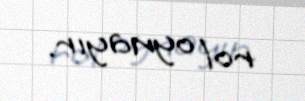
rol oynayır.